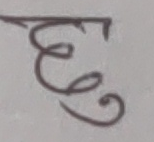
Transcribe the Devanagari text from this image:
छु